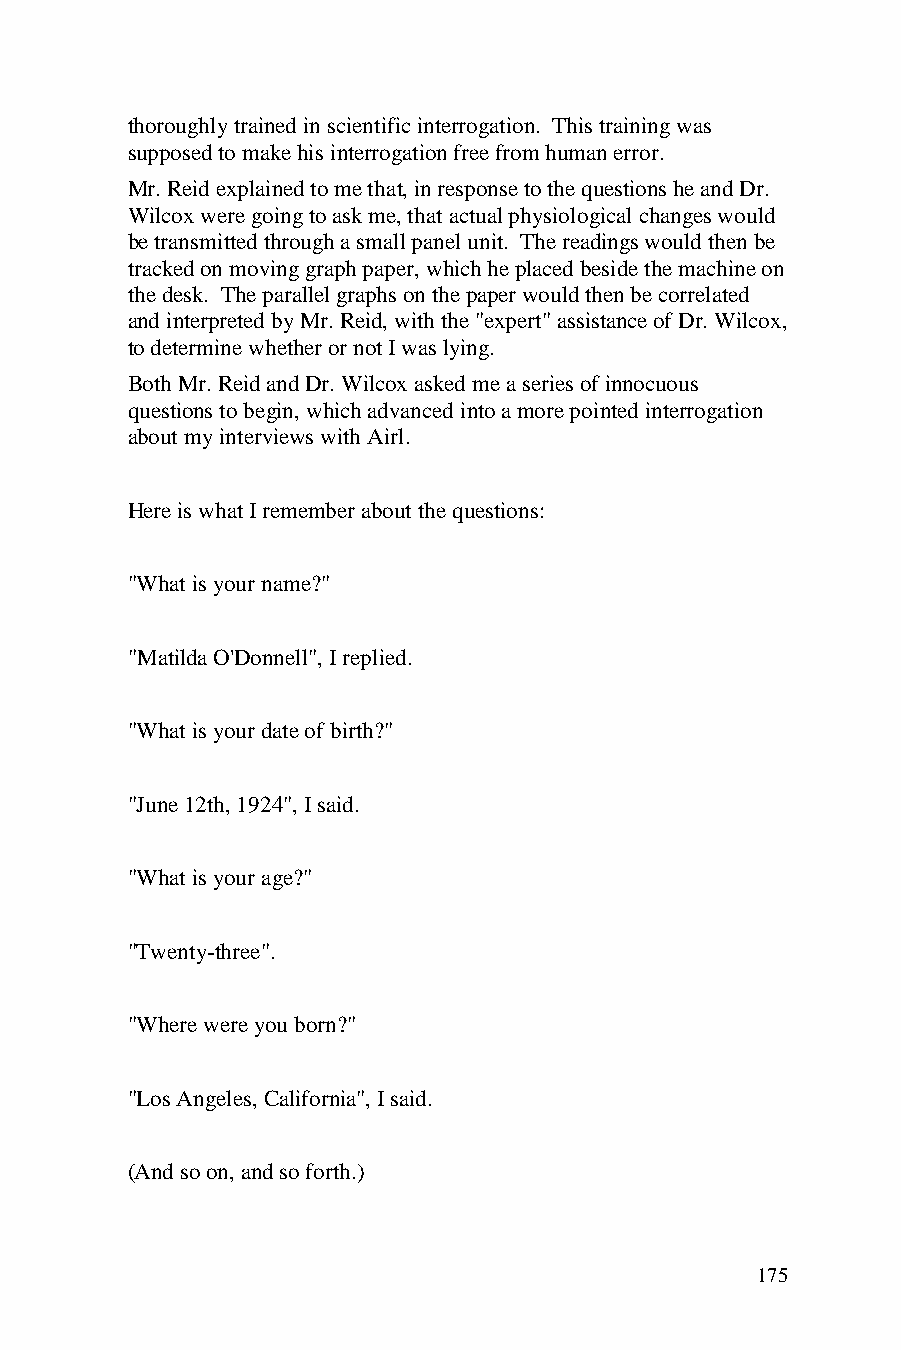
thoroughly trained in scientific interrogation. This training was
 supposed to make his interrogation free from human error.
 Mr. Reid explained to me that, in response to the questions he and Dr.
 Wilcox were going to ask me, that actual physiological changes would
 be transmitted through a small panel unit. The readings would then be
 tracked on moving graph paper, which he placed beside the machine on
 the desk. The parallel graphs on the paper would then be correlated
 and interpreted by Mr. Reid, with the "expert" assistance of Dr. Wilcox,
 to determine whether or not I was lying.
 Both Mr. Reid and Dr. Wilcox asked me a series of innocuous
 questions to begin, which advanced into a more pointed interrogation
 about my interviews with Airl.
 Here is what I remember about the questions:
 "What is your name?"
 "Matilda O'Donnell", I replied.
 "What is your date of birth?"
 "June 12th, 1924", I said.
 "What is your age?"
 "Twenty-three".
 "Where were you born?"
 "Los Angeles, California", I said.
 (And so on, and so forth.)
 175